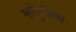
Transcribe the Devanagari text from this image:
मांजुकिच